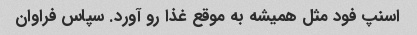
اسنپ فود مثل همیشه به موقع غذا رو آورد. سپاس فراوان